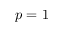
p = 1